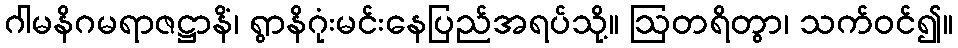
ဂါမနိဂမရာဇဋ္ဌာနိံ၊ ရွာနိဂုံးမင်းနေပြည်အရပ်သို့။ ဩတရိတွာ၊ သက်ဝင်၍။